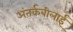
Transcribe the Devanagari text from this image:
अंतर्कबीलाई